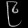
Digit: ၉